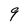
Character: 9